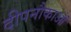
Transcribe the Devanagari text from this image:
दीपनौकाओं